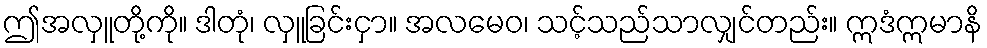
ဤအလှူတို့ကို။ ဒါတုံ၊ လှူခြင်းငှာ။ အလမေဝ၊ သင့်သည်သာလျှင်တည်း။ ဣဒံဣမာနိ